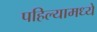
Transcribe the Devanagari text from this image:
पहिल्यामध्ये